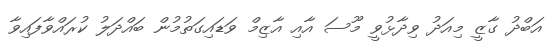
އަބްދު ގާޒީ މިއަދު ވިދާޅުވީ މޫސަ އާއި އާޒިމް ވަޑައިގަތުމުން ބައްދަލު ކުރައްވާފައިވާ